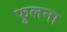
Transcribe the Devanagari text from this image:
फुलना